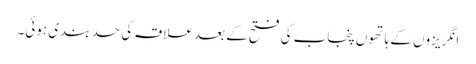
انگریزوں کے ہاتھوں پنجاب کی فتح کے بعد علاقہ کی حد بندی ہوئی۔